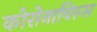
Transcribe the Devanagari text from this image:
कोरोनाविरुस